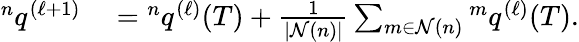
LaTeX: \begin{array}{rl}{{}^{n}q^{(\ell+1)}}&{{}={}^{n}q^{(\ell)}(T)+\frac{1}{|\mathcal{N}(n)|}\sum_{m\in\mathcal{N}(n)}{}^{m}q^{(\ell)}(T).}\end{array}